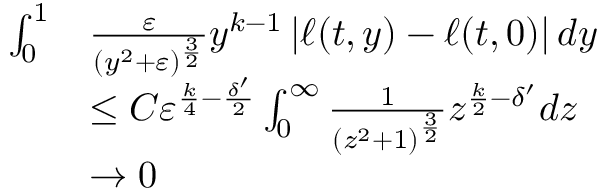
\begin{array} { r l } { \int _ { 0 } ^ { 1 } } & { \frac { \varepsilon } { ( y ^ { 2 } + \varepsilon ) ^ { \frac { 3 } { 2 } } } y ^ { k - 1 } \left| \ell ( t , y ) - \ell ( t , 0 ) \right| d y } \\ & { \le C \varepsilon ^ { \frac { k } { 4 } - \frac { \delta ^ { \prime } } { 2 } } \int _ { 0 } ^ { \infty } \frac { 1 } { \left( z ^ { 2 } + 1 \right) ^ { \frac { 3 } { 2 } } } z ^ { \frac { k } { 2 } - \delta ^ { \prime } } d z } \\ & { \to 0 } \end{array}